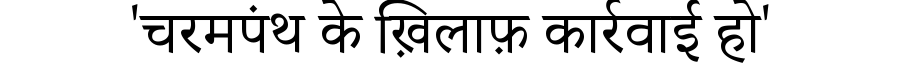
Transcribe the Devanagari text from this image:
'चरमपंथ के ख़िलाफ़ कार्रवाई हो'